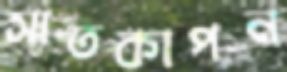
সাতকাপন